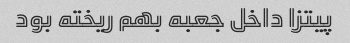
پیتزا داخل جعبه بهم ریخته بود